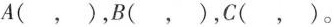
A(，)，B(，)，C(，)。